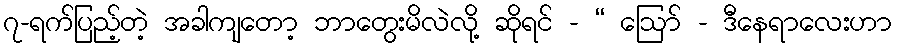
၇-ရက်ပြည့်တဲ့ အခါကျတော့ ဘာတွေးမိလဲလို့ ဆိုရင် - “ ဩော် - ဒီနေရာလေးဟာ